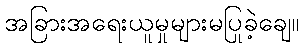
အခြားအရေးယူမှုများမပြုခဲ့ချေ။